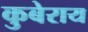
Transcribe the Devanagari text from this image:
कुबेराय